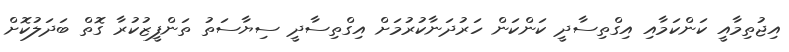
އިޖުތިމާއީީ ކަންކަމާއި އިގްތިސާދީ ކަންކަން ހަރުދަނާކުރުމަށް އިގްތިސާދީ ސިޔާސަތު ތަންފީޒުކުރާ ގޮތް ބަދަލުކޮށް